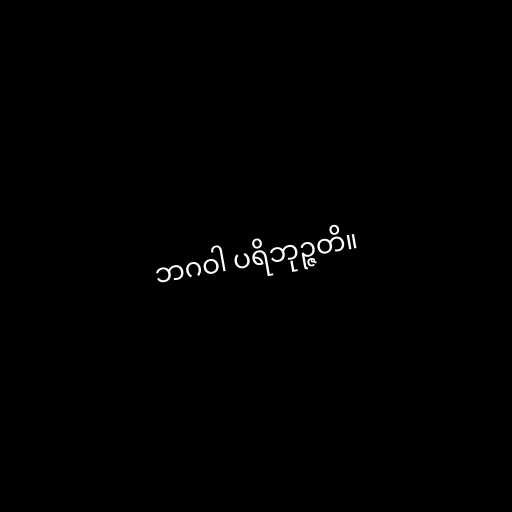
ဘဂဝါ ပရိဘုဉ္ဇတိ။